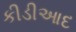
કીડીઆદ